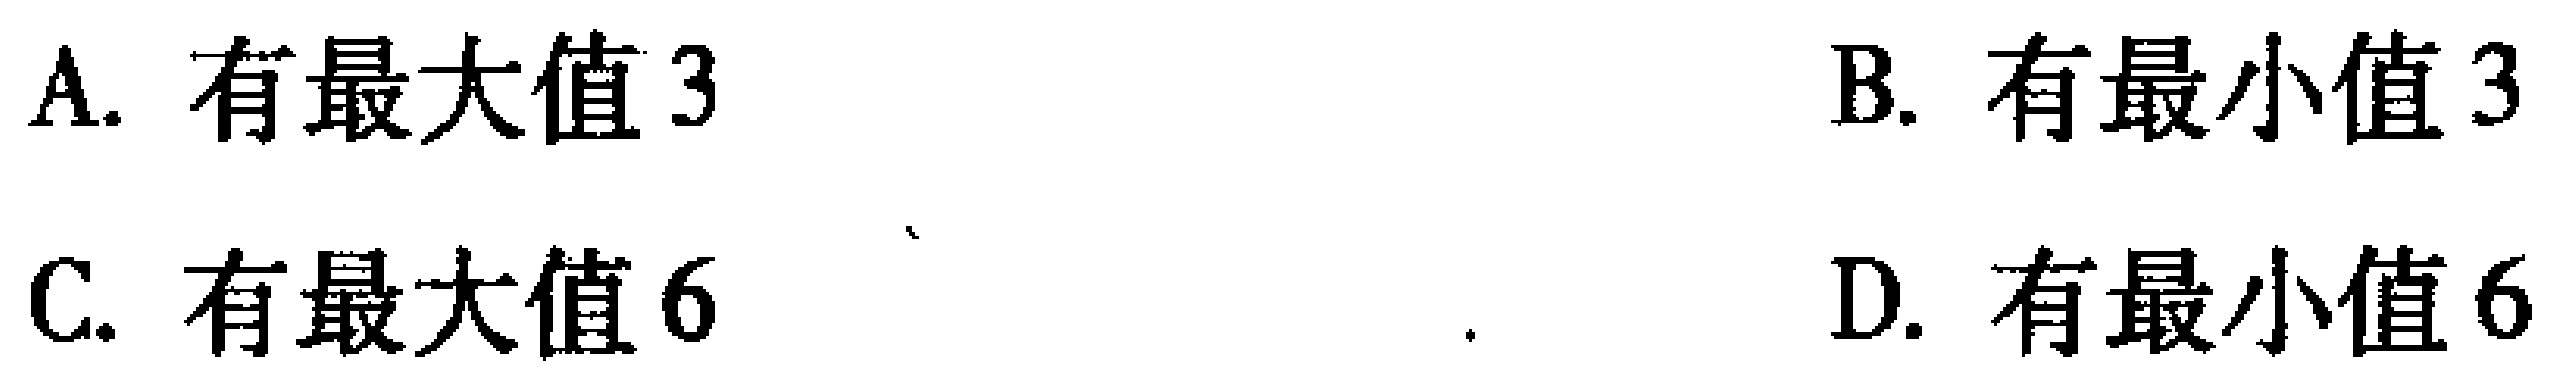
A. 有最大值3

B. 有最小值3

C. 有最大值6

D. 有最小值6